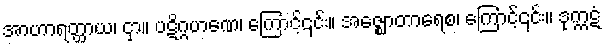
အာဟာရတ္ထာယ၊ ငှာ။ ပဋိဂ္ဂဟဏေ၊ ကြောင့်၎င်း။ အဇ္ဈောတာရေစ၊ ကြောင့်၎င်း။ ဒုက္ကဋံ